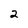
Character: 2